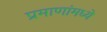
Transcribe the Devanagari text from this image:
प्रमाणांमध्ये